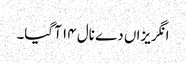
انگریزاں دے نال ١٤ آ گیا۔